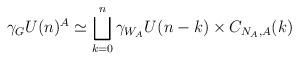
LaTeX: \begin{align*} \gamma_GU(n)^A \simeq\bigsqcup_{k=0}^n \gamma_{W_A}U(n-k) \times C_{N_A,A}(k)\end{align*}